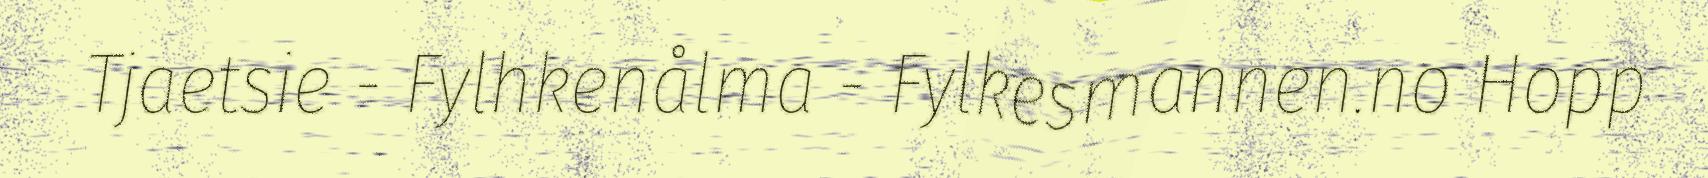
Tjaetsie - Fylhkenålma - Fylkesmannen.no Hopp